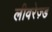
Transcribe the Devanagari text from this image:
लीवरेज़्ड